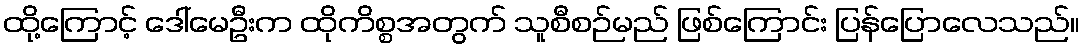
ထို့ကြောင့် ဒေါ်မေဦးက ထိုကိစ္စအတွက် သူစီစဉ်မည် ဖြစ်ကြောင်း ပြန်ပြောလေသည်။